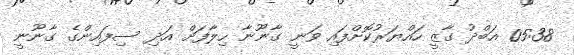
05:38 އަބްދު ގާޒީ ހައްޔަރުކޮށްފައި ވަނީ ގާނޫނާ ހިލާފަށް އަދި ސިފައިންގެ ގާނޫނީ